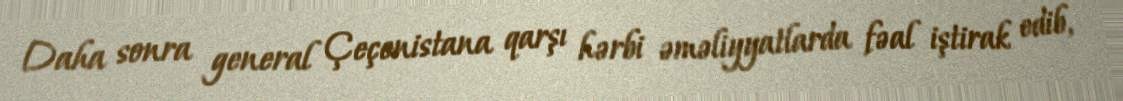
Daha sonra general Çeçenistana qarşı hərbi əməliyyatlarda fəal iştirak edib,